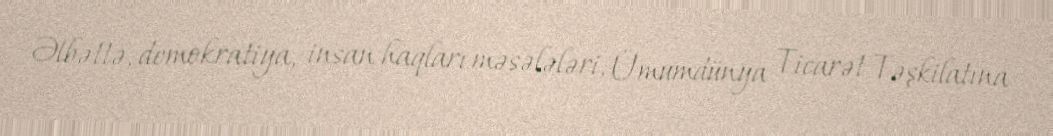
Əlbəttə, demokratiya, insan haqları məsələləri, Ümumdünya Ticarət Təşkilatına